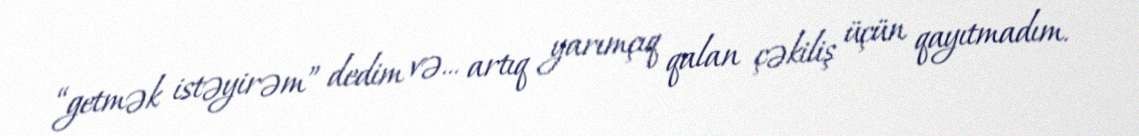
“getmək istəyirəm” dedim və... artıq yarımçıq qalan çəkiliş üçün qayıtmadım.